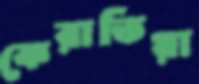
কেরাতিয়া